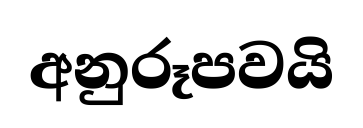
අනුරූපවයි